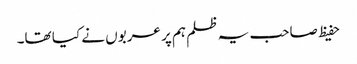
حفیظ صاحب یہ ظلم ہم پر عربوں نے کیا تھا۔